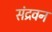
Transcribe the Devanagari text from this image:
संद्रवन